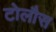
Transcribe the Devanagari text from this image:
टोलौस